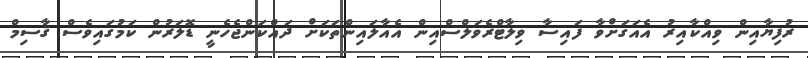
ރުފިޔާއިން ވިއްކާއިރު އެއަގަށްވާ ފައިސާ ވިލާޓްރެވަލްސްއިން އެއާލައިންތަކަށް ދައްކަންޖެހެނީ ޑޮލަރުން ކަމުގައިވެސް ޤާސިމް